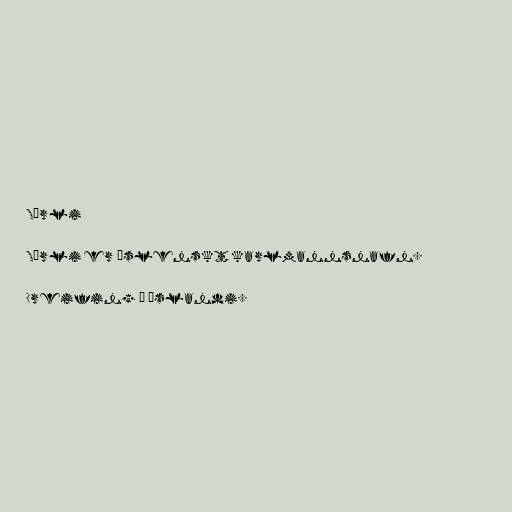
Sörli

Sörli er íslenskt karlmannsnafn.

Dreifing á Íslandi.